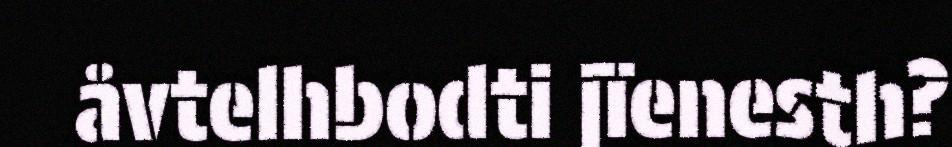
åvtelhbodti jïenesth?